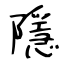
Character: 隱